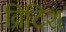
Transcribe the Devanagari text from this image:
व्रिटिश